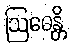
ဩဓေန္တိ